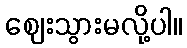
ဈေးသွားမလို့ပါ။